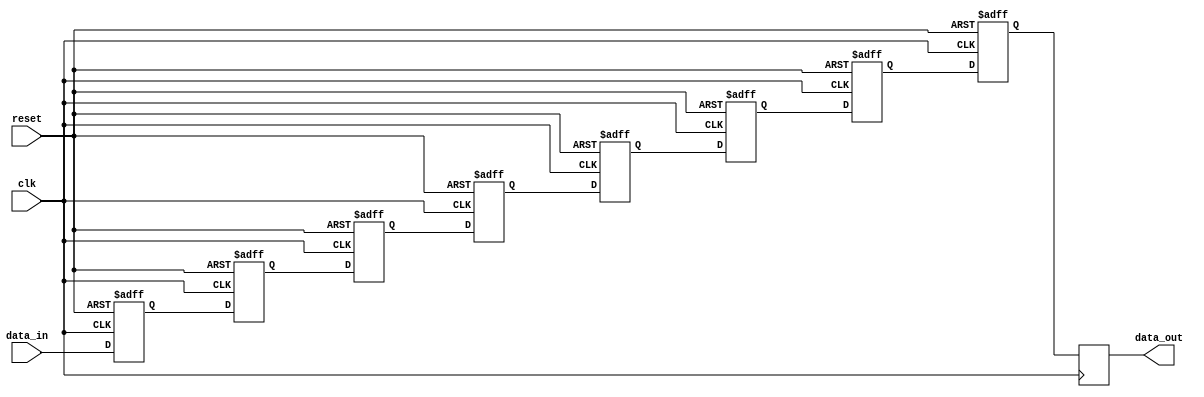
module FlashMemory (
    input clk,        // Clock signal
    input reset,      // Reset signal
    input data_in,    // Input data signal
    output reg data_out // Output data signal
);

reg [7:0] memory [0:7];     // 8-bit memory with 8 locations

integer i;                 // Counter for memory locations

always @(posedge clk or posedge reset) begin
    if (reset) begin
        for (i = 0; i < 8; i = i + 1) begin
            memory[i] <= 8'b0;   // Initialize memory locations to 0
        end
    end else begin
        for (i = 0; i < 7; i = i + 1) begin
            memory[i+1] <= memory[i];   // Shift data in memory
        end
        memory[0] <= data_in;   // Write input data into first memory location
    end
end

always @(posedge clk) begin
    data_out <= memory[7];   // Output data from last memory location
end

endmodule